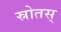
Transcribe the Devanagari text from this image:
स्रोतस्